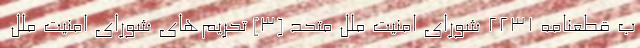
ب قطعنامه ۲۲۳۱ شورای امنیت ملل متحد [۳] تحریم­‌های شورای امنیت ملل